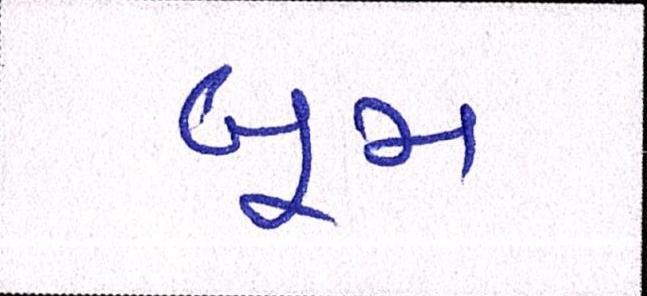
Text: બૂમ